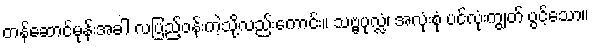
တန်ဆောင်မုန်းအခါ လပြည့်ဝန်းကဲ့သို့လည်းကောင်း။ သဗ္ဗပုလ္လံ၊ အလုံးစုံ ပင်လုံးကျွတ် ပွင့်သော။